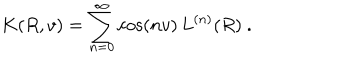
LaTeX: K ( R , v ) = \sum _ { n = 0 } ^ { \infty } \cos ( n v ) \, L ^ { ( n ) } ( R ) \ .